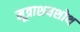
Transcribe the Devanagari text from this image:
मूत्राशयशोथ